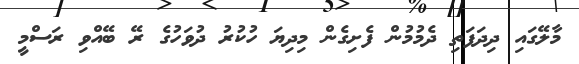
މާލޭގައި ދިދަފަތި ދެމުމުން ފެށިގެން މިދިޔަ ހުކުރު ދުވަހުގެ ރޭ ބޭއްވި ރަސްމީ